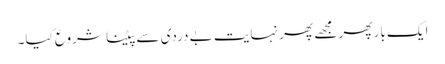
ایک بار پھر مجھے پھر نہایت بے دردی سے پیٹنا شروع کیا۔